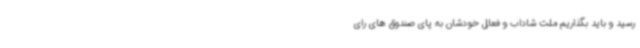
رسید و باید بگذاریم ملت شاداب و فعال خودشان به پای صندوق های رای